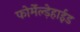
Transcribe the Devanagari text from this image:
फोर्मेल्ड़ेहाईड